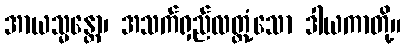
အာယသ္မန္တော၊ အသက်ရှည်လတ္တံ့သော ဒါယကာတို့။